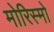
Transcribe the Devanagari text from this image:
मोरिस्मो